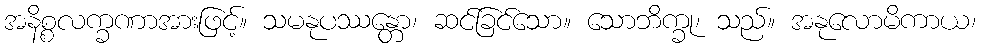
အနိစ္စလက္ခဏာအားဖြင့်။ သမနုပဿန္တော၊ ဆင်ခြင်သော။ သောဘိက္ခု၊ သည်။ အနုလောမိကာယ၊